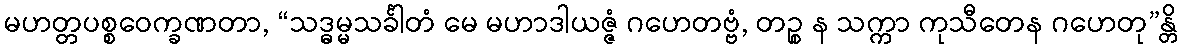
မဟတ္တပစ္စဝေက္ခဏတာ, “သဒ္ဓမ္မသင်္ခါတံ မေ မဟာဒါယဇ္ဇံ ဂဟေတဗ္ဗံ, တဉ္စ န သက္ကာ ကုသီတေန ဂဟေတု”န္တိ